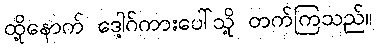
ထို့နောက် ဒေါ့ဂ်ကားပေါ်သို့ တက်ကြသည်။